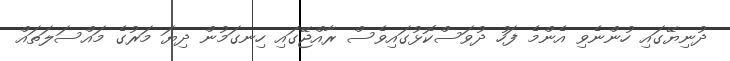
ދުނިޔޭގައި ހުންނެވި އެންމެ ފަހު ދުވަސްކޮޅުގައިވެސް ރާއްޖޭގައި ހިނގަމުން ދިޔަ މަރުގެ މައްސަލަތައް